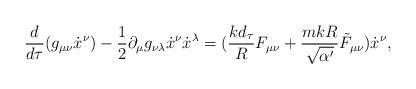
LaTeX: \begin{align*}\frac{d}{d\tau}(g_{\mu \nu} {\dot{x}}^\nu) - \frac{1}{2}\partial_\mu g_{\nu \lambda} {\dot{x}}^\nu{\dot{x}}^\lambda = (\frac{k d_\tau}{R}F_{\mu \nu} + \frac{mkR}{\sqrt{\alpha^\prime}}\tilde{F}_{\mu \nu}){\dot{x}}^\nu ,\end{align*}